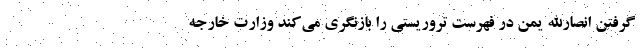
گرفتن انصارالله یمن در فهرست تروریستی را بازنگری می‌کند وزارت خارجه